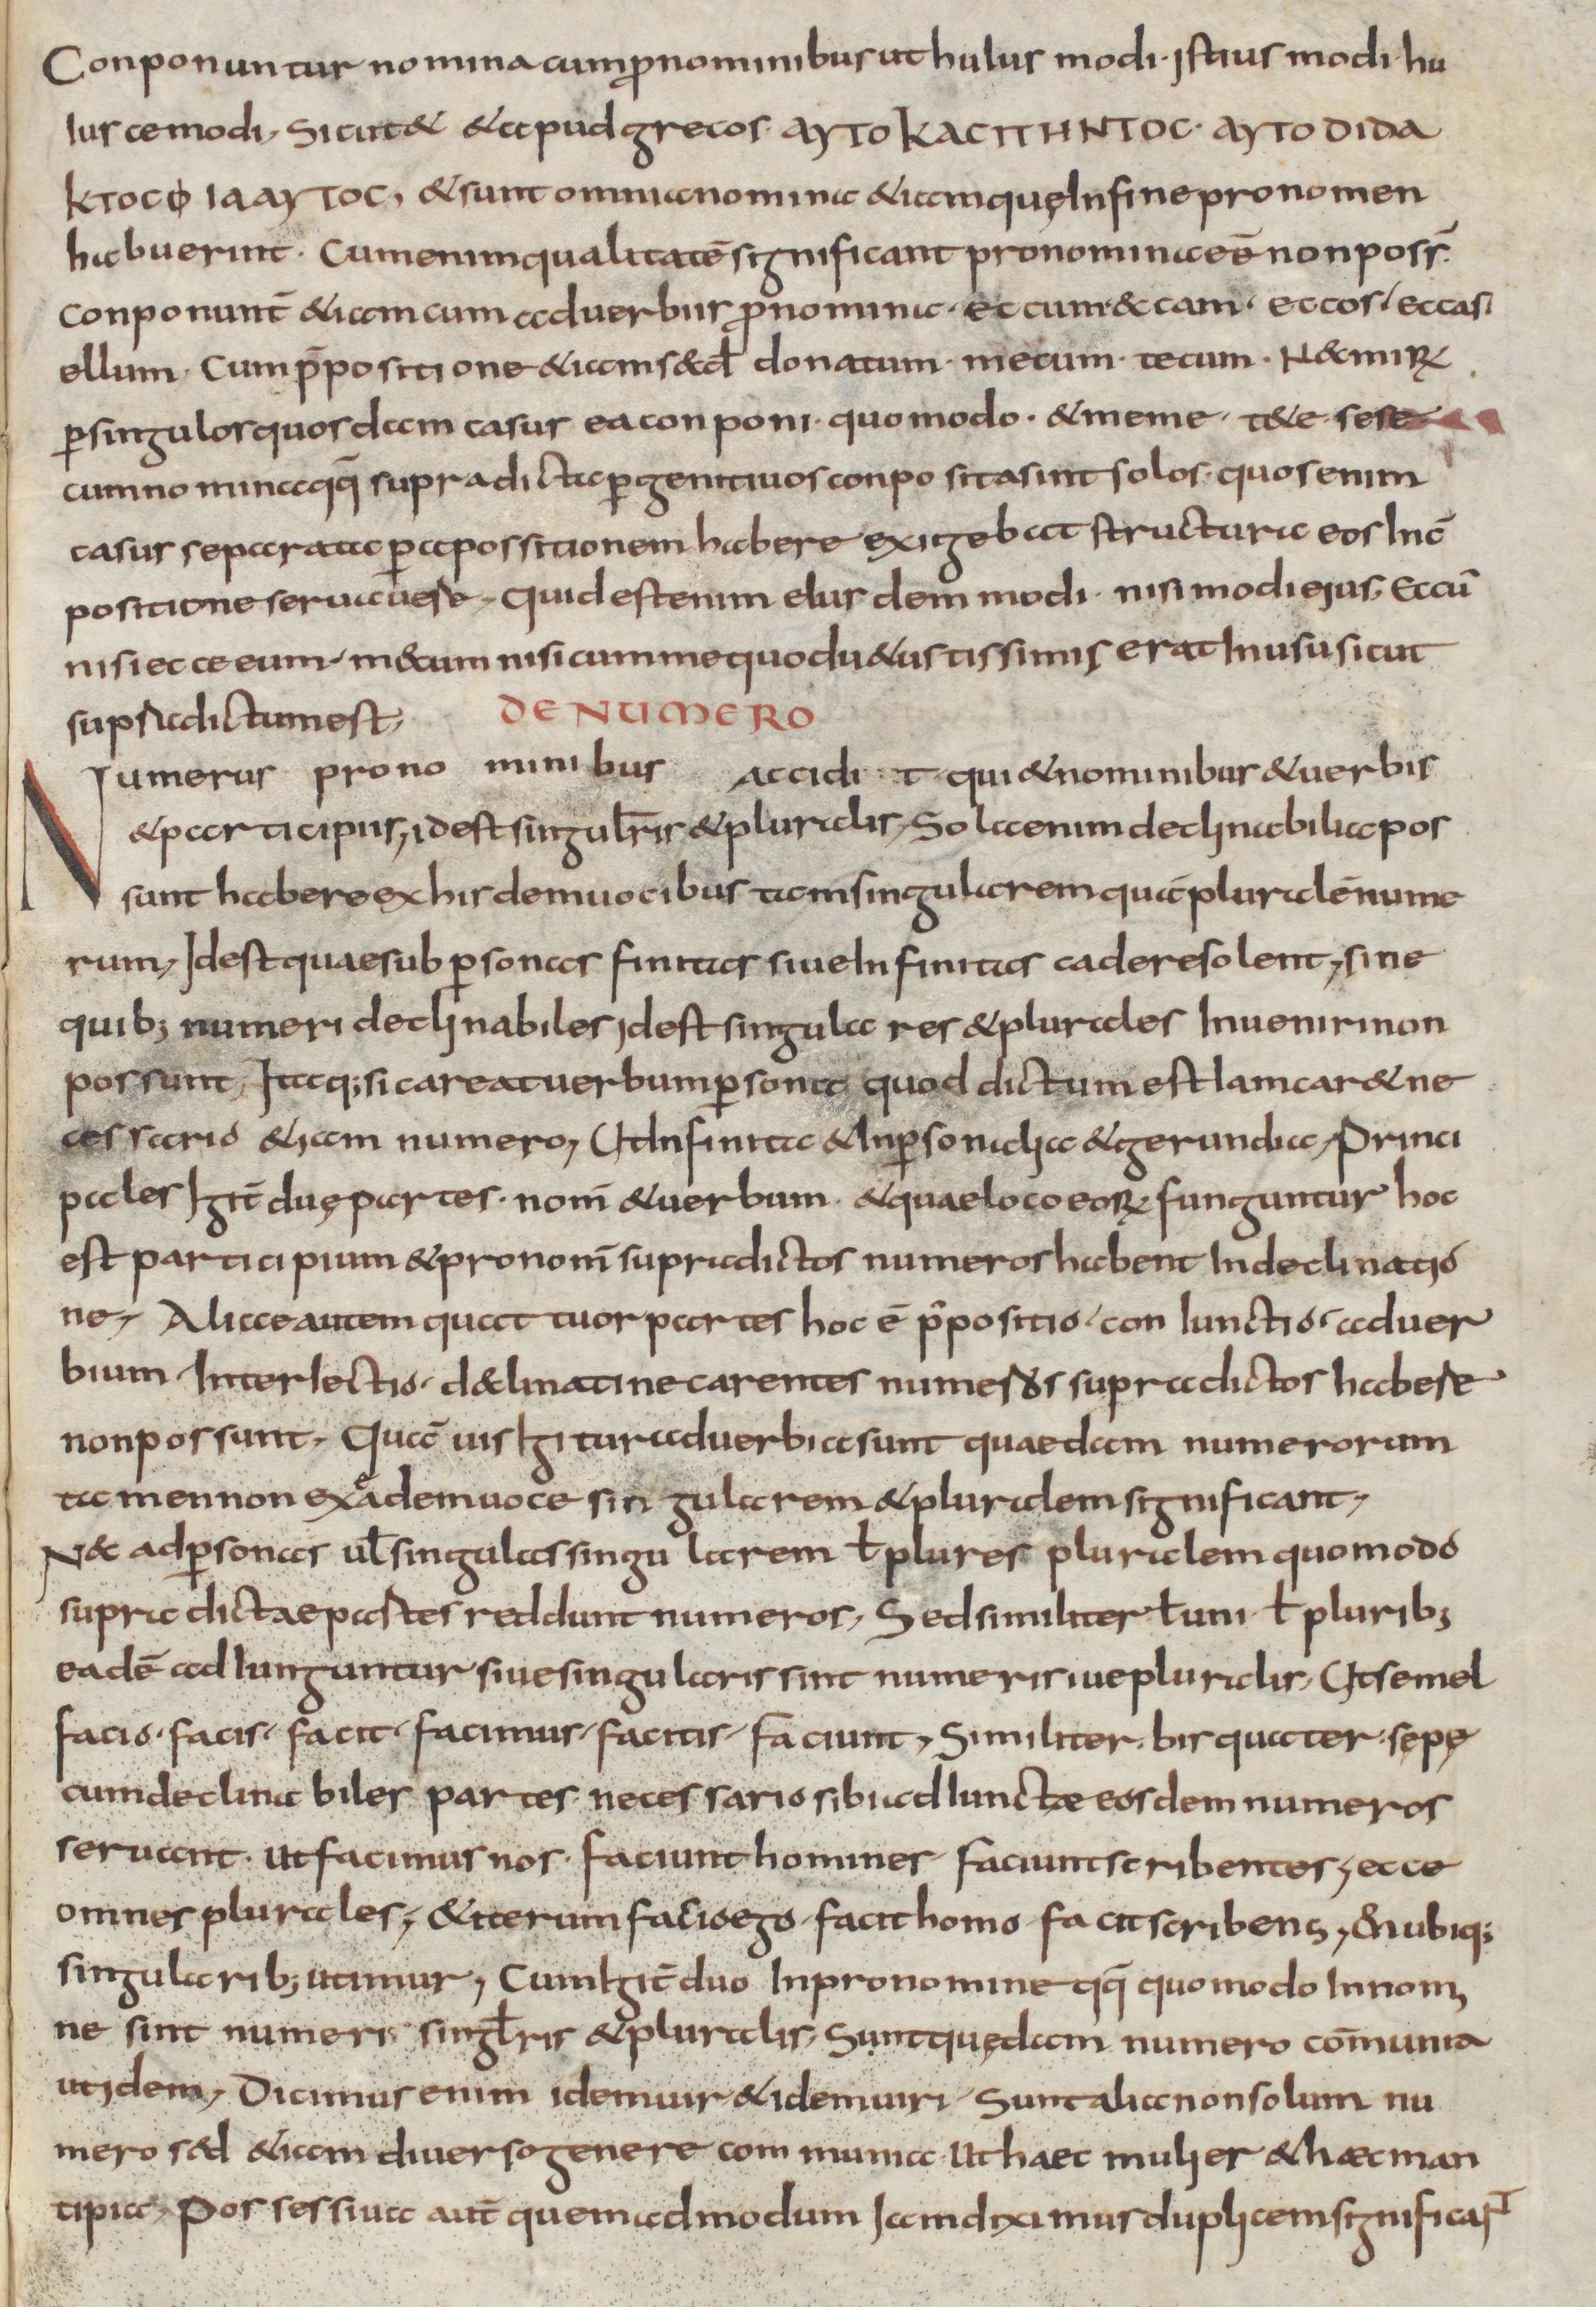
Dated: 900–999